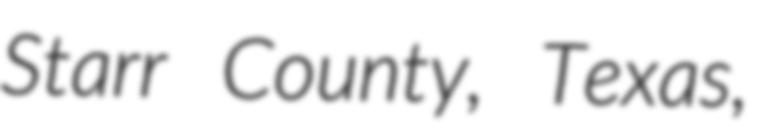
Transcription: Starr County, Texas,